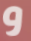
و